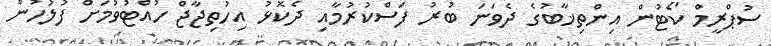
ސުޕްރީމް ކޯޓުން އިންތިޚާބުގެ ދެވަނަ ބުރު ފަސްކުރުމާއި ދެކޮޅު އިހުތިޖާޖް ހުއްޓުވުމަށް ފުލުހުން